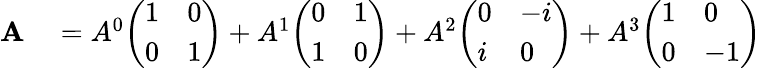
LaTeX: \begin{array}{rl}{\mathbf{A}}&{{}=A^{0}{\left(\begin{array}{ll}{1}&{0}\\ {0}&{1}\end{array}\right)}+A^{1}{\left(\begin{array}{ll}{0}&{1}\\ {1}&{0}\end{array}\right)}+A^{2}{\left(\begin{array}{ll}{0}&{-i}\\ {i}&{0}\end{array}\right)}+A^{3}{\left(\begin{array}{ll}{1}&{0}\\ {0}&{-1}\end{array}\right)}}\end{array}